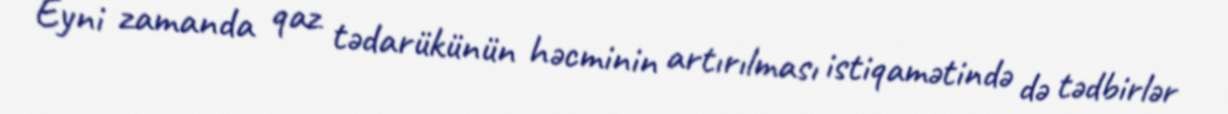
Eyni zamanda qaz tədarükünün həcminin artırılması istiqamətində də tədbirlər